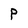
Character: P